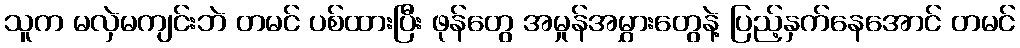
သူက မလှဲမကျင်းဘဲ တမင် ပစ်ထားပြီး ဖုန်တွေ အမှုန်အမွှားတွေနဲ့ ပြည့်နှက်နေအောင် တမင်